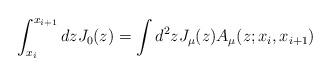
LaTeX: \begin{align*}\int_{x_{i}}^{x_{i+1}}dzJ_{0}(z) =\int d^{2}z J_{\mu}(z)A_{\mu}(z;x_{i},x_{i+1})\end{align*}